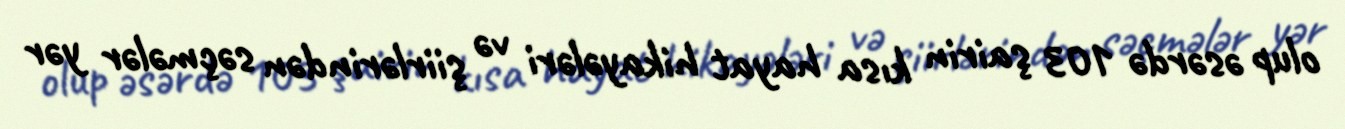
olup əsərdə 103 şairin kısa hayat hikayələri və şiirlərindən səçmələr yər